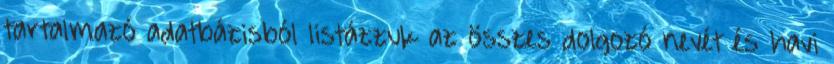
tartalmazó adatbázisból listázzuk az összes dolgozó nevét és havi